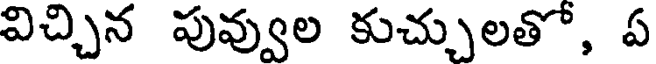
విచ్చిన పువ్వుల కుచ్చులతో, ఏ